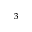
^ { 3 }